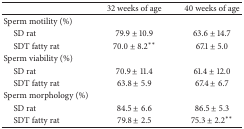
<table><thead><tr><td><b> </b></td><td><b>32 weeks of age</b></td><td><b>40 weeks of age</b></td></tr></thead><tbody><tr><td>Sperm motility (%)</td><td> </td><td> </td></tr><tr><td> SD rat</td><td>79.9 ± 10.9</td><td>63.6 ± 14.7</td></tr><tr><td> SDT fatty rat</td><td>70.0 ± 8.2**</td><td>67.1 ± 5.0</td></tr><tr><td>Sperm viability (%)</td><td> </td><td> </td></tr><tr><td> SD rat</td><td>70.9 ± 11.4</td><td>61.4 ± 12.0</td></tr><tr><td> SDT fatty rat</td><td>63.8 ± 5.9</td><td>67.4 ± 6.7</td></tr><tr><td>Sperm morphology (%)</td><td> </td><td> </td></tr><tr><td> SD rat</td><td>84.5 ± 6.6</td><td>86.5 ± 5.3</td></tr><tr><td> SDT fatty rat</td><td>79.8 ± 2.5</td><td>75.3 ± 2.2**</td></tr></tbody></table>